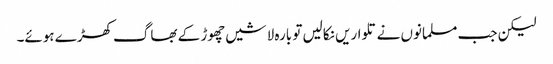
لیکن جب مسلمانوں نے تلواریں نکالیں تو بارہ لاشیں چھوڑ کے بھاگ کھڑے ہوئے۔